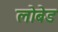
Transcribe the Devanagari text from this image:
लोबेड